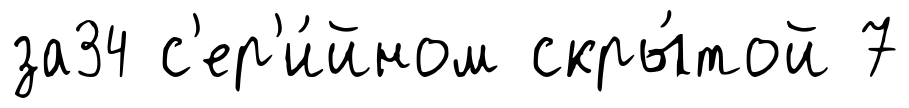
за34 с'ер'и́йном скры́той 7